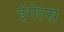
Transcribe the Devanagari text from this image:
इंगेल्स